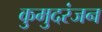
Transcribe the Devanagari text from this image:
कुमुदरंजन